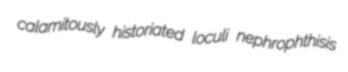
calamitously historiated loculi nephrophthisis